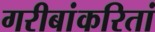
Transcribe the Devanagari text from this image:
गरीबांकरितां